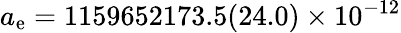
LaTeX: a_{\mathrm{e}}=1159652173.5(24.0)\times10^{-12}